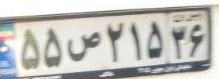
۵۵ص۲۱۵۳۶